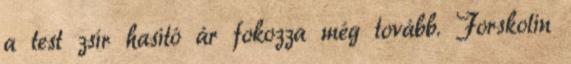
a test zsír hasító ár fokozza még tovább. Forskolin